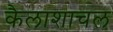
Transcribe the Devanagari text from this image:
कैलाशाचल